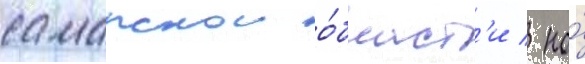
самарскои о́бласт'и / но́